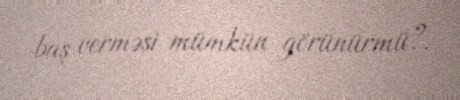
baş verməsi mümkün görünürmü?.